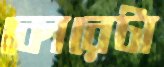
কোরেটা